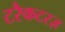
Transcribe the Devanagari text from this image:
टरैकटरज़